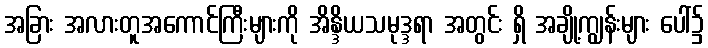
အခြား အလားတူအကောင်ကြီးများကို အိန္ဒိယသမုဒ္ဒရာ အတွင်း ရှိ အချို့ကျွန်းများ ပေါ်၌